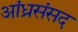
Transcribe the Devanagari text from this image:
आंध्रसंसद